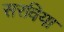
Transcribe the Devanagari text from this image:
सरविया